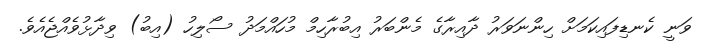
ވަނީ ކެނޑިފައިކަމަށް ހިންނަވަރު ދާއިރާގެ މެންބަރު އިބުރާހިމް މުހައްމަދު ސޯލިހު (އިބު) ވިދާޅުވެއްޖެއެވެ.